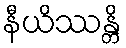
နီယိဿန္တိ